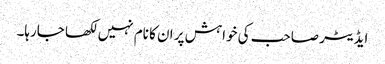
ایڈیٹر صاحب کی خواہش پر ان کا نام نہیں لکھا جارہا۔